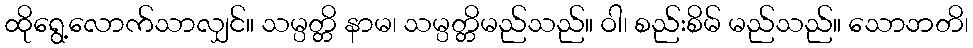
ထိုရွေ့လောက်သာလျှင်။ သမ္ပတ္တိ နာမ၊ သမ္ပတ္တိမည်သည်။ ဝါ၊ စည်းစိမ် မည်သည်။ သောဘတိ၊